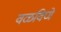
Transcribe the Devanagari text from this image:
वळविणे